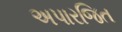
અપારજિત